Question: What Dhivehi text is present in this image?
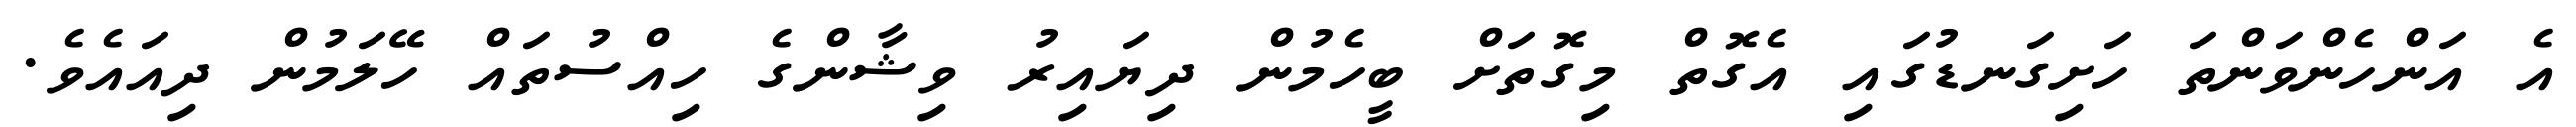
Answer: އެ އަންހެންވަންތަ ހަށިގަނޑުގައި އެގޮތް މިގޮތަށް ބީހެމުން ދިޔައިރު ވިޝާންގެ ހިއްސުތައް ހޭލަމުން ދިއައެވެ.